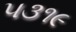
૫૩૧૯